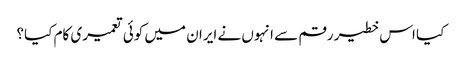
کیا اس خطیر رقم سے انہوں نے ایران میں کوئی تعمیری کام کیا؟